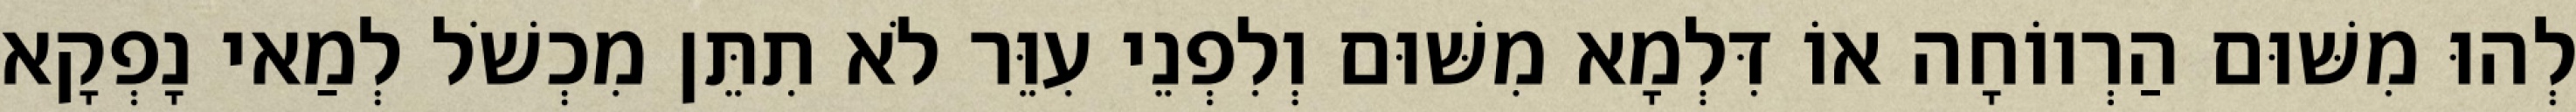
לְהוּ מִשּׁוּם הַרְווֹחָה אוֹ דִּלְמָא מִשּׁוּם וְלִפְנֵי עִוֵּר לֹא תִתֵּן מִכְשֹׁל לְמַאי נָפְקָא